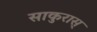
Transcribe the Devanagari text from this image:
साकुरास्